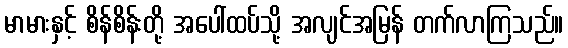
မာမားနှင့် စိန်စိန်းတို့ အပေါ်ထပ်သို့ အလျင်အမြန် တက်လာကြသည်။